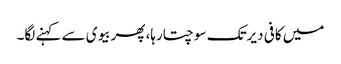
میں کافی دیرتک سوچتارہا، پھربیوی سے کہنے لگا۔